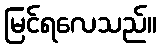
မြင်ရလေသည်။